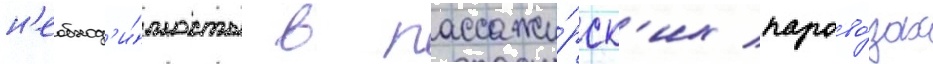
н'еобход'и́мость в пассажи́рск'их парово́зах